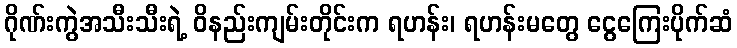
ဂိုဏ်းကွဲအသီးသီးရဲ့ ဝိနည်းကျမ်းတိုင်းက ရဟန်း၊ ရဟန်းမတွေ ငွေကြေးပိုက်ဆံ